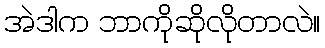
အဲဒါက ဘာကိုဆိုလိုတာလဲ။